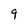
Character: 9